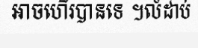
អាចហើរបានទេ ។លំដាប់